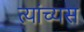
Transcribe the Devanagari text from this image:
त्यांच्यस